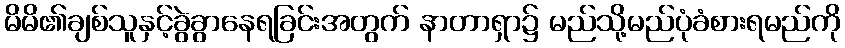
မိမိ၏ချစ်သူနှင့်ခွဲခွာနေရခြင်းအတွက် နာတာရှာ၌ မည်သို့မည်ပုံခံစားရမည်ကို